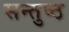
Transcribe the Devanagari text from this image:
सन्तुष्ठ